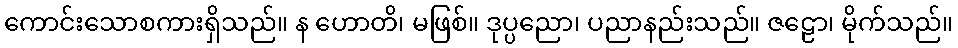
ကောင်းသောစကားရှိသည်။ န ဟောတိ၊ မဖြစ်။ ဒုပ္ပညော၊ ပညာနည်းသည်။ ဇဠော၊ မိုက်သည်။